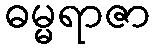
ဓမ္မရာဇာ